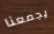
يجمعنا